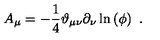
A _ { \mu } = - \frac { 1 } { 4 } \vartheta _ { \mu \nu } \partial _ { \nu } \ln \left( \phi \right) \ .